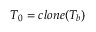
{ T } _ { 0 } = c l o n e ( T _ { b } )